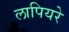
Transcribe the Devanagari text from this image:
लापियरे